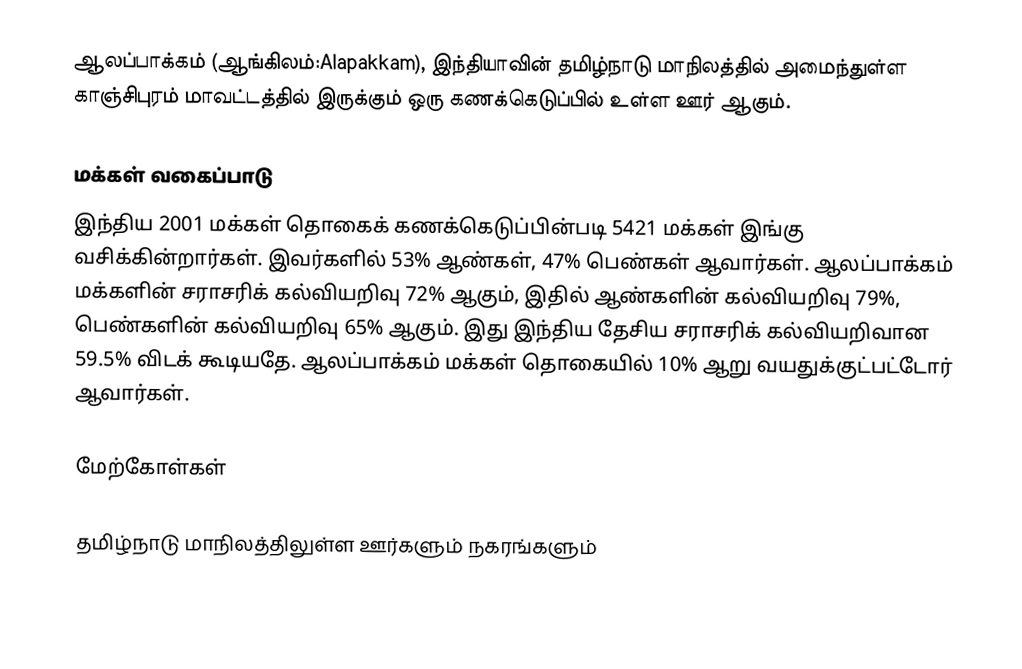
ஆலப்பாக்கம் (ஆங்கிலம்:Alapakkam), இந்தியாவின் தமிழ்நாடு மாநிலத்தில் அமைந்துள்ள காஞ்சிபுரம் மாவட்டத்தில் இருக்கும் ஒரு கணக்கெடுப்பில் உள்ள ஊர்  ஆகும்.

மக்கள் வகைப்பாடு
இந்திய 2001 மக்கள் தொகைக் கணக்கெடுப்பின்படி 5421 மக்கள் இங்கு வசிக்கின்றார்கள். இவர்களில் 53% ஆண்கள், 47% பெண்கள் ஆவார்கள். ஆலப்பாக்கம் மக்களின் சராசரிக் கல்வியறிவு 72% ஆகும்,  இதில் ஆண்களின் கல்வியறிவு 79%,  பெண்களின் கல்வியறிவு 65% ஆகும். இது இந்திய தேசிய சராசரிக் கல்வியறிவான 59.5% விடக் கூடியதே. ஆலப்பாக்கம் மக்கள் தொகையில் 10%  ஆறு வயதுக்குட்பட்டோர் ஆவார்கள்.

மேற்கோள்கள்

 தமிழ்நாடு மாநிலத்திலுள்ள ஊர்களும் நகரங்களும்